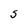
Character: S